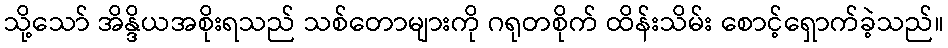
သို့သော် အိန္ဒိယအစိုးရသည် သစ်တောများကို ဂရုတစိုက် ထိန်းသိမ်း စောင့်ရှောက်ခဲ့သည်။